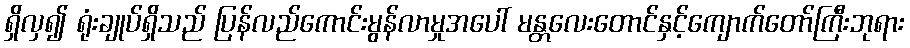
ရှိလှ၍ ရုံးချုပ်ရှိသည် ပြန်လည်ကောင်းမွန်လာမှုအပေါ် မန္တလေးတောင်နှင့်ကျောက်တော်ကြီးဘုရား